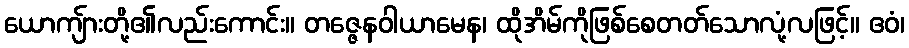
ယောကျ်ားတို့၏လည်းကောင်း။ တဇ္ဇေနဝါယာမေန၊ ထိုအိမ်ကိုဖြစ်စေတတ်သောလုံ့လဖြင့်။ ဧဝံ၊